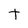
Character: t